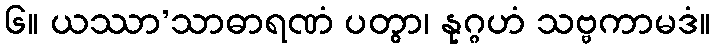
၆။ ယဿာ’သာဓာရဏံ ပတွာ၊ နုဂ္ဂဟံ သဗ္ဗကာမဒံ။